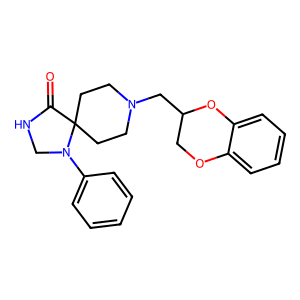
SMILES: O=C1NCN(c2ccccc2)C12CCN(CC1COc3ccccc3O1)CC2
Inhibits HIV replication: No